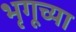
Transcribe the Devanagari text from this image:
भृगूच्या